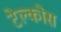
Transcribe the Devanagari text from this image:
टेल्कोस